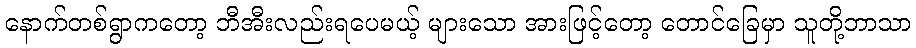
နောက်တစ်ရွာကတော့ ဘီအီးလည်းရပေမယ့် များသော အားဖြင့်တော့ တောင်ခြေမှာ သူတို့ဘာသာ